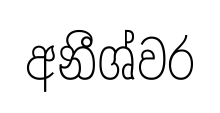
අනීශ්වර